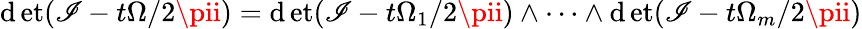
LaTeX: \operatorname*{\mathrm{d}et}(\mathscr{I}-t\Omega/2\pii)=\operatorname*{\mathrm{d}et}(\mathscr{I}-t\Omega_{1}/2\pii)\wedge\dots\wedge\operatorname*{\mathrm{d}et}(\mathscr{I}-t\Omega_{m}/2\pii)